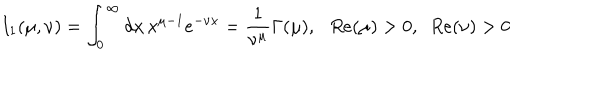
LaTeX: I _ { 1 } ( \mu , \nu ) = \int _ { 0 } ^ { \infty } d x \, x ^ { \mu - 1 } e ^ { - \nu x } = \frac 1 { \nu ^ { \mu } } \Gamma ( \mu ) , \, \, \, \, R e ( \mu ) > 0 , \, \, \, R e ( \nu ) > 0